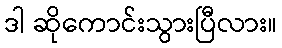
ဒါ ဆိုကောင်းသွားပြီလား။